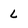
Character: L